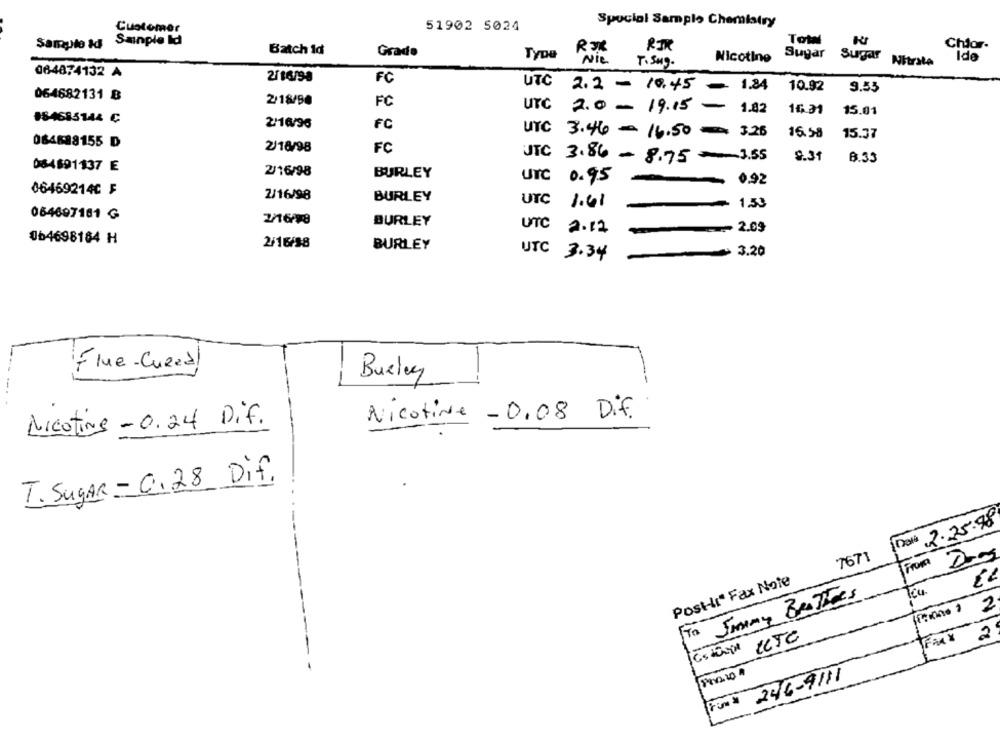
Special Sample Chemistry
Customer
51902 5024
Sainple Id
ToW
Chlor-
Sample &d
Batch id
Grade
RIK
Type
Nie
Nicotine
Sugar Sugar
Ide
T.SMO-
Nitrate
064874132 A
2/16/98
FC
UTC
2.2 - 10:45 - 1.84
10.92
9.55
064682131 B
2/18/90
FC
UTC
2.0 - 19.15
-
1.82
14.31
15.01
884685144 Ç
2/16/96
FC
UTC
16.58
3.46 - 16.50 = 3.25
15.37
064888155 D
2/18/98
FC
JTC
3.86 - 8.75 =3.55
9.31
8.33
084891137 E
2/16/98
BURLEY
Urc 0.95
0.92
064692140 F
2/16/98
BURLEY
UTC
1.41
1.53
064697161 ₲
2/16/98
BURLEY
UTC 2.12
2.09
064698184 H
2/16/38
BURLEY
3.20
UTC 3.34
Flue - Cueza ,
Burley
Nicotine - 0.24 Dif.
Nicotine - 0.08 Dif.
T. SugAR = 0.28 Dif.
na 2.25.98
7671
From
Post-li* Fax Note
Jimmy BROTHERS
2
Ta
FAX
2
246-9111